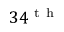
3 4 ^ { \mathrm { ~ t ~ h ~ } }